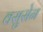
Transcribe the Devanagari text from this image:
वसुसेन